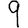
Digit: 9